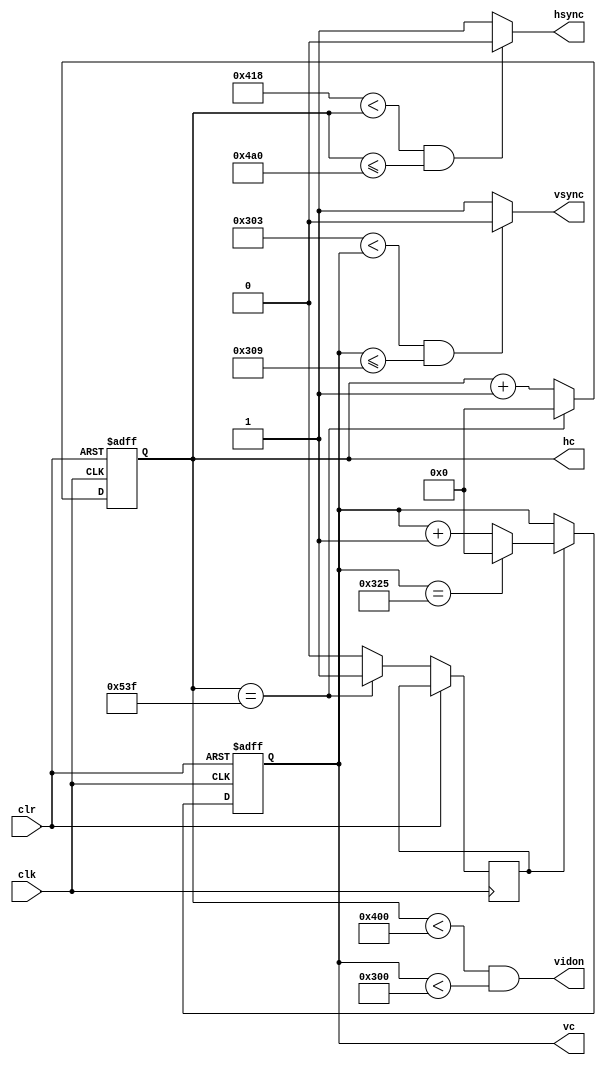
module vgabase(
    input wire clk,
    input wire clr,
    output reg hsync,
    output reg vsync,
    output reg [11:0] hc,
    output reg [11:0] vc,
    output wire vidon
  );

/* 1024x768@60MHz */
parameter hpixels = 12'd1344;
parameter vlines  = 12'd806;
parameter hsp   = 12'd136;
parameter hbp   = 12'd160;
parameter hfp   = 12'd24;
parameter vsp   = 12'd6;
parameter vbp   = 12'd29;
parameter vfp   = 12'd3;
/* */

reg vsenable;

initial begin
  hc <= hpixels - hsp - hbp;
  vc <= vlines - vsp - vbp;
  hsync <= 0;
  vsync <= 0;
  vsenable <= 0;
end

always @(posedge clk or posedge clr) begin
    if(clr == 1)
      hc <= hpixels - hsp - hbp;
  else begin
      if(hc == hpixels - 1) begin
        hc <= 0;
      vsenable <= 1;
    end else begin
        hc <= hc + 1'b1;
      vsenable <= 0;
    end
  end
end

always @(*) begin
    if(hpixels - hsp - hbp < hc && hc <= hpixels - hbp)
      hsync = 0;
  else
      hsync = 1;
end

always @(posedge clk or posedge clr) begin
    if(clr == 1)
      vc <= vlines - vsp - vbp;
  else if(vsenable == 1)
      if(vc == vlines - 1)
        vc <= 0;
    else
        vc <= vc + 1'b1;
end

always @(*) begin
    if(vlines - vsp - vbp < vc && vc <= vlines - vbp)
      vsync = 0;
  else
      vsync = 1;
end

assign vidon=(hc<hpixels-hfp-hsp-hbp)&&(vc<vlines-vfp-vsp-vbp);

endmodule